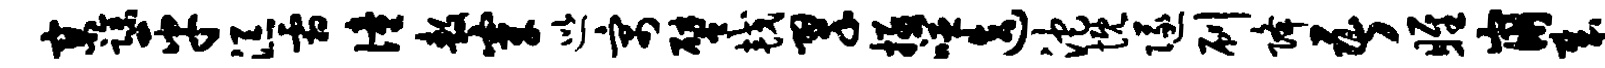
寥躁平添霜僮敖穿巡寓譬较翠拯噬迭沱慨隧刷降吾雎崩哉